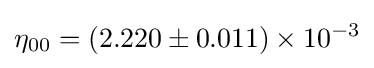
\eta _{00}=\left(2.220\pm 0.011\right)\times 10^{-3}